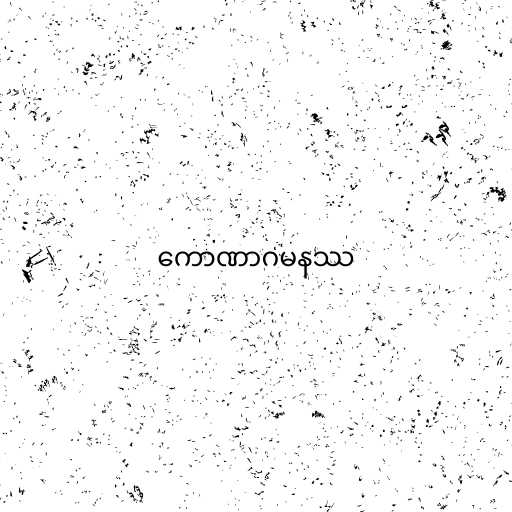
ကောဏာဂမနဿ